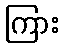
ကြား